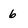
Character: 6